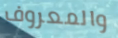
والمعروف